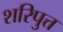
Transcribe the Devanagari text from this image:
शरिपुत्त